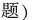
题)